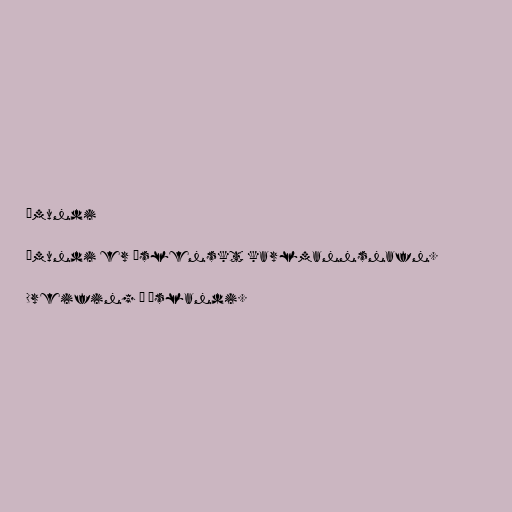
Ámundi

Ámundi er íslenskt karlmannsnafn.

Dreifing á Íslandi.